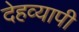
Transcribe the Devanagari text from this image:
देहव्यापी